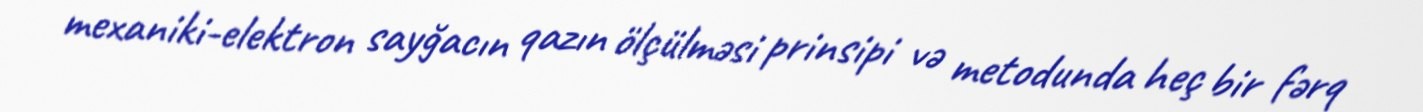
mexaniki-elektron sayğacın qazın ölçülməsi prinsipi və metodunda heç bir fərq